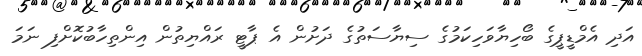
އަދި އެމްޑީޕީގެ ބޯހިޔާވަހިކަމުގެ ސިޔާސަތުގެ ދަށުން އެ ޕާޓީ ރައްޔިތުން އިންތިހާބުކޮށްފި ނަމަ